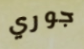
جوري